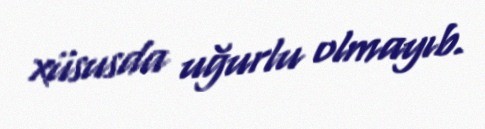
xüsusda uğurlu olmayıb.